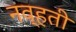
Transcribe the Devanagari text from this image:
नव्‍हती